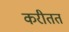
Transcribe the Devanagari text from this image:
करीतत